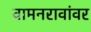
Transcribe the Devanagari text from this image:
वामनरावांवर